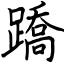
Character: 蹻